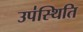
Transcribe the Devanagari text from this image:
उप॑स्थिति